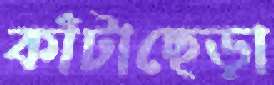
কাঁটাছেড়া